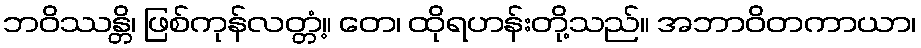
ဘဝိဿန္တိ၊ ဖြစ်ကုန်လတ္တံ့။ တေ၊ ထိုရဟန်းတို့သည်။ အဘာဝိတကာယာ၊